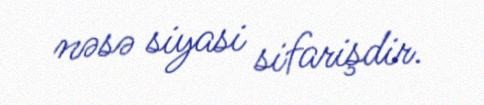
nəsə siyasi sifarişdir.